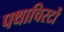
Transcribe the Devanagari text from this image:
पथाचिरटों